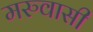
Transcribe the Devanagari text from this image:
मरुवासी